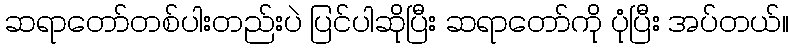
ဆရာတော်တစ်ပါးတည်းပဲ ပြင်ပါဆိုပြီး ဆရာတော်ကို ပုံပြီး အပ်တယ်။